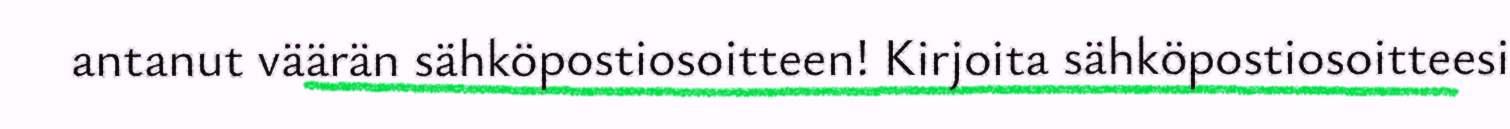
antanut väärän sähköpostiosoitteen! Kirjoita sähköpostiosoitteesi